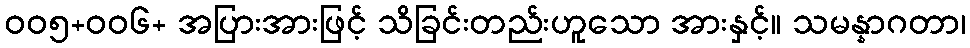
ဝဝ၅+ဝဝ၆+ အပြားအားဖြင့် သိခြင်းတည်းဟူသော အားနှင့်။ သမန္နာဂတာ၊